Report on vaccination in the Province of Bengal - 1869-1873
Year: 1869
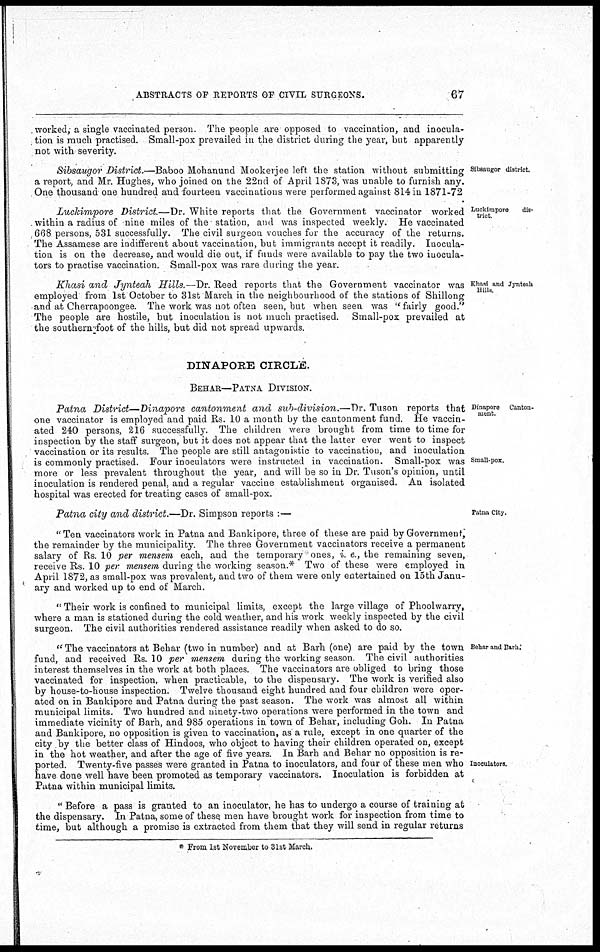
ABSTRACTS OF REPORTS OF CIVIL SURGEONS.
67
worked, a single vaccinated person. The people are opposed to vaccination, and inocula-
tion is much practised. Small-pox prevailed in the district during the year, but apparently
not with severity.
Sibsaugor district.
Sibsaugor District.—Baboo Mohanund Mookerjee left the station without submitting
a report, and Mr. Hughes, who joined on the 22nd of April 1873, was unable to furnish any.
One thousand one hundred and fourteen vaccinations were performed against 814 in 1871-72
Luckimpore
dis-
trict
Luckimpore District.—Dr. White reports that the Government vaccinator worked
within a radius of nine miles of the station, and was inspected weekly. He vaccinated
668 persons, 531 successfully. The civil surgeon vouches for the accuracy of the returns.
The Assamese are indifferent about vaccination, but immigrants accept it readily. Inocula-
tion is on the decrease, and would die out, if funds were available to pay the two inocula¬
tors to practise vaccination. Small-pox was rare during the year.
Khasi and Jynteah
Hills.
Khasi and Jynteah Hills.—Dr. Reed reports that the Government vaccinator was
employed from 1st October to 31st March in the neighbourhood of the stations of Shillong
and at Cherrapoongee. The work was not often seen, but when seen was " fairly good."
The people are hostile, but inoculation is not much practised. Small-pox prevailed at
the southern foot of the hills, but did not spread upwards.
DINAPORE CIRCLE.
BEHAR—PATNA DIVISION.
Dinapore Canton-
ment.
Small-pox.
Patna District—Dinapore
cantonment and sub-division.—Dr. Tuson reports that
one vaccinator is employed and paid Rs. 10 a month by the cantonment fund. He vaccin-
ated 240 persons, 216 successfully. The children were brought from time to time for
inspection by the staff surgeon, but it does not appear that the latter ever went to inspect
vaccination or its results. The people are still antagonistic to vaccination, and inoculation
is commonly practised. Four inoculators were instructed in vaccination. Small-pox was
more or less prevalent throughout the year, and will be so in Dr. Tuson's opinion, until
inoculation is rendered penal, and a regular vaccine establishment organised. An isolated
hospital was erected for treating cases of small-pox.
Patna City.
Patna city and district.—Dr. Simpson reports :—
"Ten vaccinators work in Patna and Bankipore, three of these are paid by Government,
the remainder by the municipality. The three Government vaccinators receive a permanent
salary of Rs. 10 per mensem each, and the temporary ones, i. e., the remaining seven,
receive Rs. 10 per mensem during the working season.* Two of these were employed in
April 1872, as small-pox was prevalent, and two of them were only entertained on 15th Janu-
ary and worked up to end of March.
" Their work is confined to municipal limits, except the large village of Phoolwarry,
where a man is stationed during the cold weather, and his work weekly inspected by the civil
surgeon. The civil authorities rendered assistance readily when asked to do so.
Behar and Barh.
Inoculators.
" The vaccinators at Behar (two in number) and at Barh (one) are paid by the town
fund, and received Rs. 10 per mensem during the working season. The civil authorities
interest themselves in the work at both places. The vaccinators are obliged to bring those
vaccinated for inspection, when practicable, to the dispensary. The work is verified also
by house-to-house inspection. Twelve thousand eight hundred and four children were oper-
ated on in Bankipore and Patna during the past season. The work was almost all within
municipal limits. Two hundred and ninety-two operations were performed in the town and
immediate vicinity of Barh, and 985 operations in town of Behar, including Goh. In Patna
and Bankipore, no opposition is given to vaccination, as a rule, except in one quarter of the
city by the better class of Hindoos, who object to having their children operated on, except
in the hot weather, and after the age of five years. In Barh and Behar no opposition is re-
ported. Twenty-five passes were granted in Patna to inoculators, and four of these men who
have done well have been promoted as temporary vaccinators. Inoculation is forbidden at
Patna within municipal limits.
" Before a pass is granted to an inoculator, he has to undergo a course of training at
the dispensary. In Patna, some of these men have brought work for inspection from time to
time, but although a promise is extracted from them that they will send in regular returns
* From 1st November to 31st March.